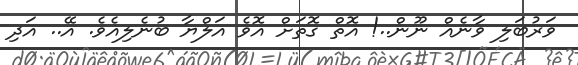
ވަރުބަލި ވާނެއް ނޫން..! އޮތް ގޮތަށް އޮވެ އަލްޔާ ބުނެލިއެވެ. އޭ.. އަދި